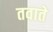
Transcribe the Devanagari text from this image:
तवाते